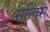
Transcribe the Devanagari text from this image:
सन्तिस